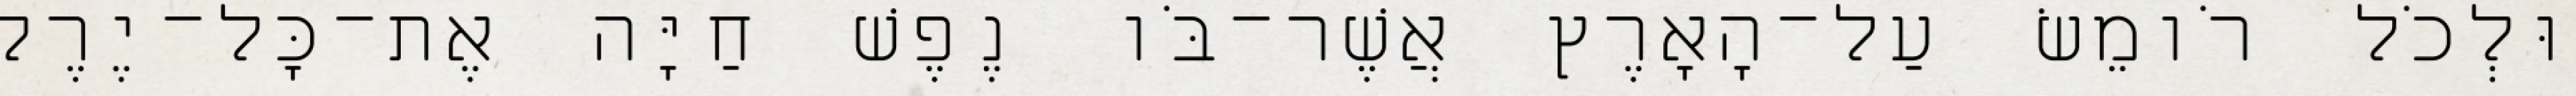
וּלְכֹל רֹומֵשׂ עַל־הָאָרֶץ אֲשֶׁר־בֹּו נֶפֶשׁ חַיָּה אֶת־כָּל־יֶרֶק